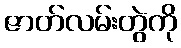
ဇာတ်လမ်းတွဲကို